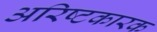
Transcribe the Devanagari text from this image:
अरिष्टकारक